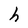
Character: h